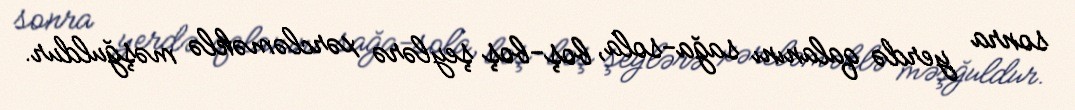
sonra yerdə qalanını sağa-sola, boş-boş şeylərə xərcləməklə məşğuldur.